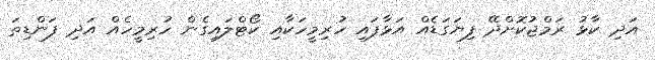
އަދި ކާޅު ރަމްޖުކޮށްދޭ ފިޔަގަޑެއް އަޅާފައި ހުރިމީހަކާއި ކޯޓްލައިގެން ހުރިމީހެއް އަދި ފަންޑިތަ